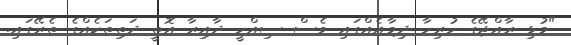
"މުޅި ރާއްޖޭގެ ހުރިހާ ދިމާއެއްގައި ވެސް ސިއްހީ ދާއިރާ އޮތީ ދަތިތަކެއްގެ ތެރޭގައި.